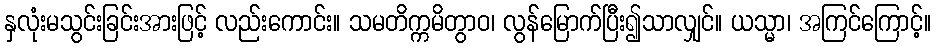
နှလုံးမသွင်းခြင်းအားဖြင့် လည်းကောင်း။ သမတိက္ကမိတွာဝ၊ လွန်မြောက်ပြီး၍သာလျှင်။ ယသ္မာ၊ အကြင်ကြောင့်။